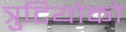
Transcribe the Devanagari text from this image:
त्रुटियोको